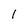
Character: I